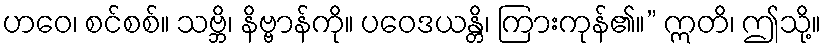
ဟဝေ၊ စင်စစ်။ သဗ္ဘိ၊ နိဗ္ဗာန်ကို။ ပဝေဒယန္တိ၊ ကြားကုန်၏။” ဣတိ၊ ဤသို့။